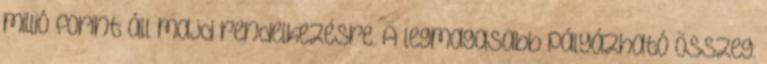
millió forint áll majd rendelkezésre. A legmagasabb pályázható összeg: